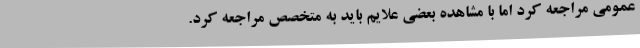
عمومی مراجعه کرد اما با مشاهده بعضی علایم باید به متخصص مراجعه کرد.